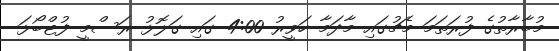
މުބާރާތުގެ ފުރަތަމަ މެޗުގައި މާދަމާ ހަވީރު 4:00 ގައި ގަލޮޅު ރަސްމީ ފުޓްބޯޅަ